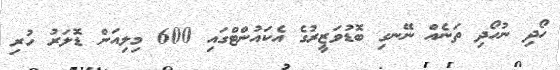
ހޯދި ނުހޯދި ތަނެއް ނޭނގި ބޮޑުވަޒީރުގެ އެކައުންޓްގައި 600 މިލިއަން ޑޮލަރު ހުރި